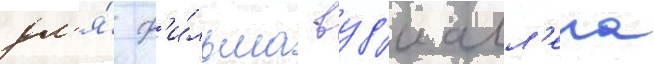
дл'я́ ф'и́льма вуд'и алл'ена